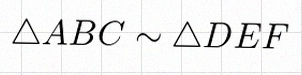
\triangle ABC\sim\triangle DEF